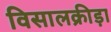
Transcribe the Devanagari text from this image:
विसालक्रीड़ा